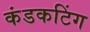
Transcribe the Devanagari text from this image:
कंडकटिंग